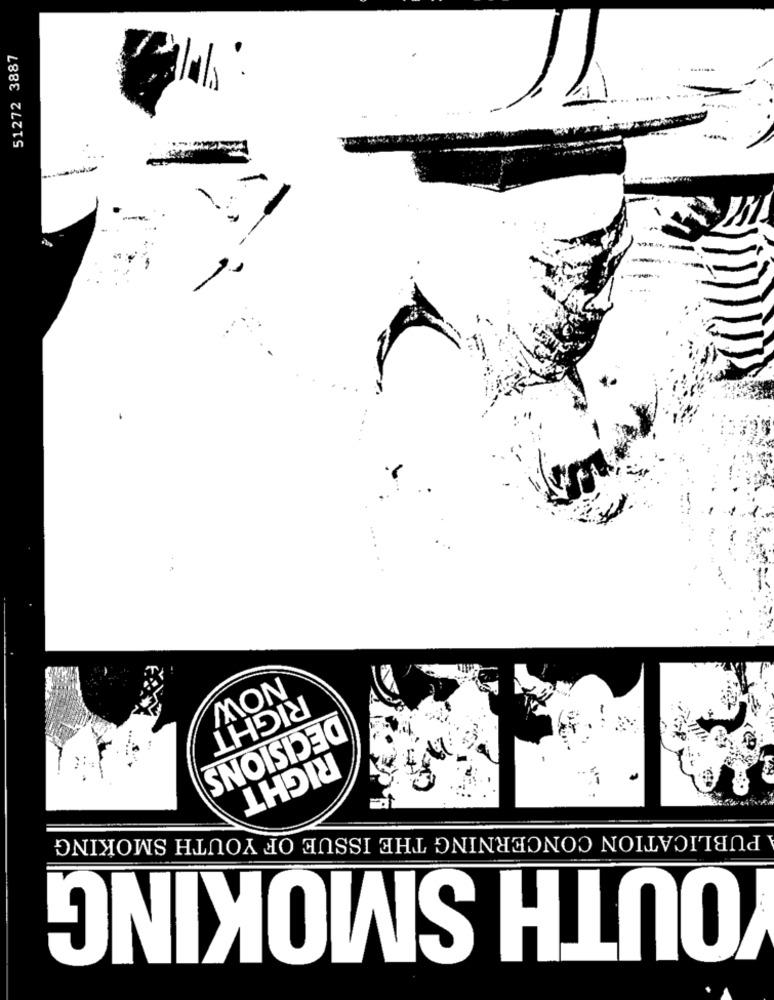
51272 3887
NOW
RIGHT
DECISIONS
RIGHT
PUBLICATION CONCERNING THE ISSUE OF YOUTH SMOKING
OUTH SMOKING